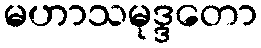
မဟာသမုဒ္ဒတော